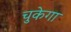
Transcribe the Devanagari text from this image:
चुकेगा